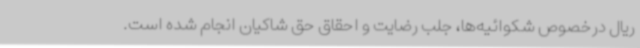
ریال درخصوص شکوائیه‌ها، جلب رضایت و احقاق حق شاکیان انجام شده است.